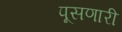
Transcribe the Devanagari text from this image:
पूसणारी